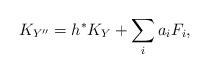
LaTeX: \begin{align*}K_{Y^{\prime\prime}}=h^{\ast}K_Y+\sum_ia_iF_i,\end{align*}